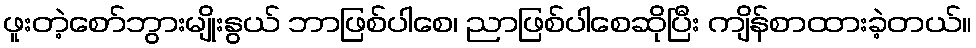
ဖူးတဲ့စော်ဘွားမျိုးနွယ် ဘာဖြစ်ပါစေ၊ ညာဖြစ်ပါစေဆိုပြီး ကျိန်စာထားခဲ့တယ်။